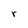
Character: r